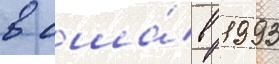
в сша́ в 1993